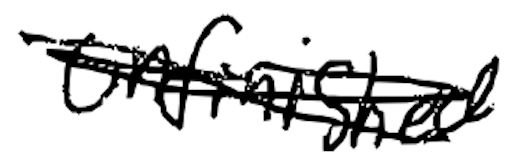
Text: Unfinished
Cross-out: mix
Writing tool: digital_black